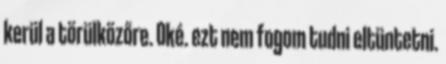
kerül a törülközőre. Oké. ezt nem fogom tudni eltüntetni.